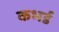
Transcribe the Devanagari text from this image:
कभर्ड